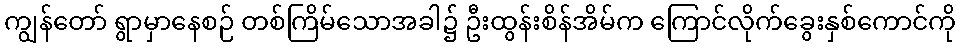
ကျွန်တော် ရွာမှာနေစဉ် တစ်ကြိမ်သောအခါ၌ ဦးထွန်းစိန်အိမ်က ကြောင်လိုက်ခွေးနှစ်ကောင်ကို